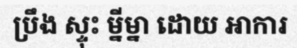
ប្រឹង ស្ទុះ ម្នីម្នា ដោយ អាការ